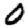
Digit: 0